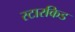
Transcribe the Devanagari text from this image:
स्टारकिड